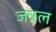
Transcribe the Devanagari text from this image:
जन्रल